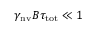
\gamma _ { \mathrm { n v } } B \tau _ { \mathrm { t o t } } \ll 1